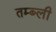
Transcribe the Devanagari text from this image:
तम्ब्ली